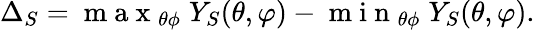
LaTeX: \Delta_{S}={\mathrm{~m~a~x~}_{\theta\phi}\; Y_{S}(\theta,\varphi)}-{\mathrm{~m~i~n~}_{\theta\phi}\; Y_{S}(\theta,\varphi)}.